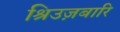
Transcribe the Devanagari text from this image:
श्रिउज़बारि